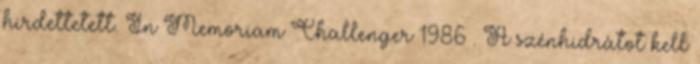
hirdettetett. In Memoriam Challenger 1986 . A szénhidrátot kell